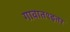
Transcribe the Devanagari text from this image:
गावात१इतर